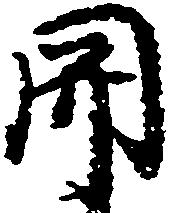
関